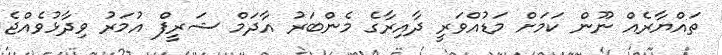
ތައްޔާރެއް ނޫން ކަމަށް މަޑުއްވަރީ ދާއިރާގެ މެންބަރު އާދަމް ޝަރީފް އުމަރު ވިދާޅުވެއްޖެ